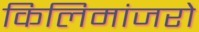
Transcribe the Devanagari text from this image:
किलिमांजरो